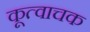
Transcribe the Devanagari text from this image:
कूत्वाचक